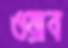
ওয়াব